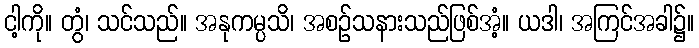
ငါ့ကို။ တွံ၊ သင်သည်။ အနုကမ္ပသိ၊ အစဉ်သနားသည်ဖြစ်အံ့။ ယဒါ၊ အကြင်အခါ၌။